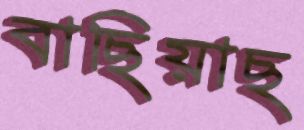
বাছিয়াছ